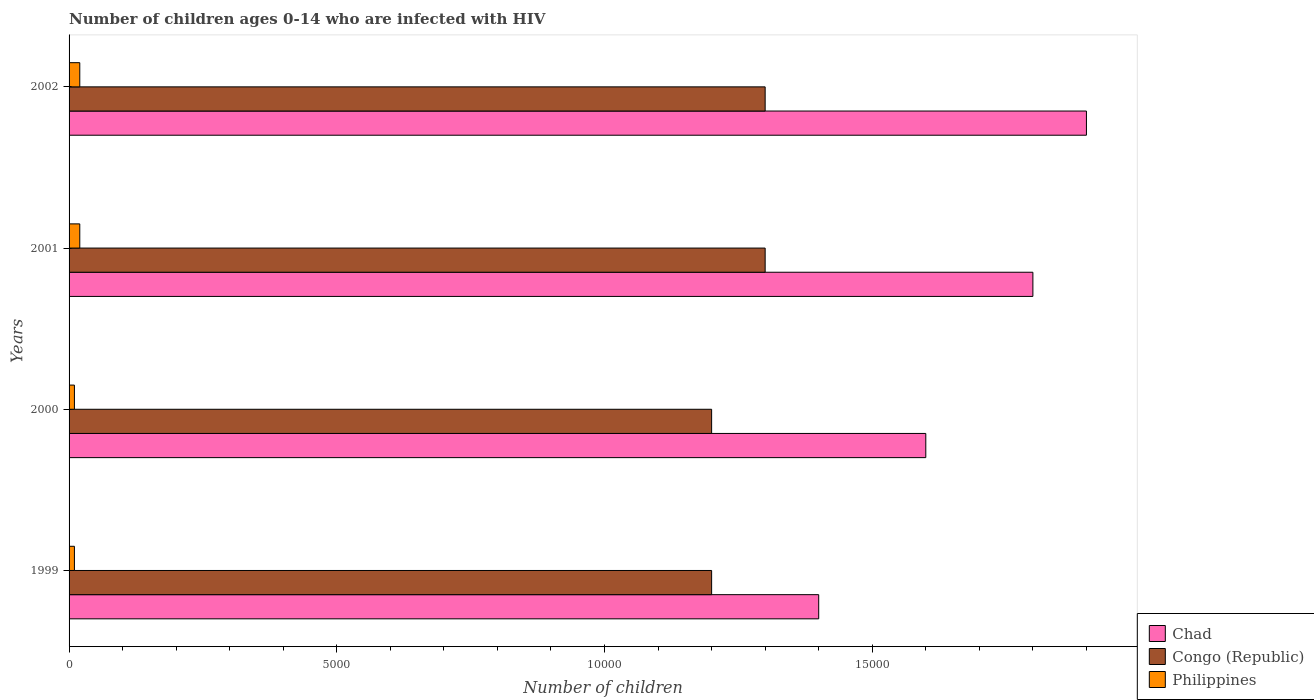
| Years | Chad | Congo (Republic) | Philippines |
 | --- | --- | --- | --- |
 | 1999 | 1.4e+04 | 1.2e+04 | 100 |
 | 2000 | 1.6e+04 | 1.2e+04 | 100 |
 | 2001 | 1.8e+04 | 1.3e+04 | 200 |
 | 2002 | 1.9e+04 | 1.3e+04 | 200 |